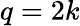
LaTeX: q=2k